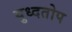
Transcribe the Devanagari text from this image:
युध्दतोप